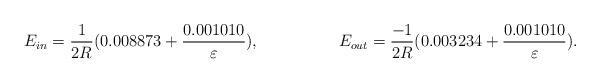
LaTeX: \begin{align*}E_{in}=\frac{1}{2R}(0.008873+\frac{0.001010}{\varepsilon}), \hspace{2cm} E_{out}=\frac{-1}{2R}(0.003234+\frac{0.001010}{\varepsilon}).\end{align*}